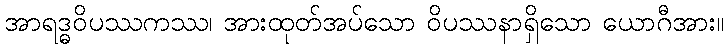
အာရဒ္ဓဝိပဿကဿ၊ အားထုတ်အပ်သော ဝိပဿနာရှိသော ယောဂီအား။